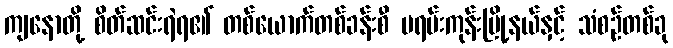
ကျနောတို့ စိတ်ဆင်းရဲရ၏ တစ်ယောက်တစ်ခန်းစီ မရမ်းကုန်းမြို့နယ်နှင့် သံစဉ်တစ်ခု